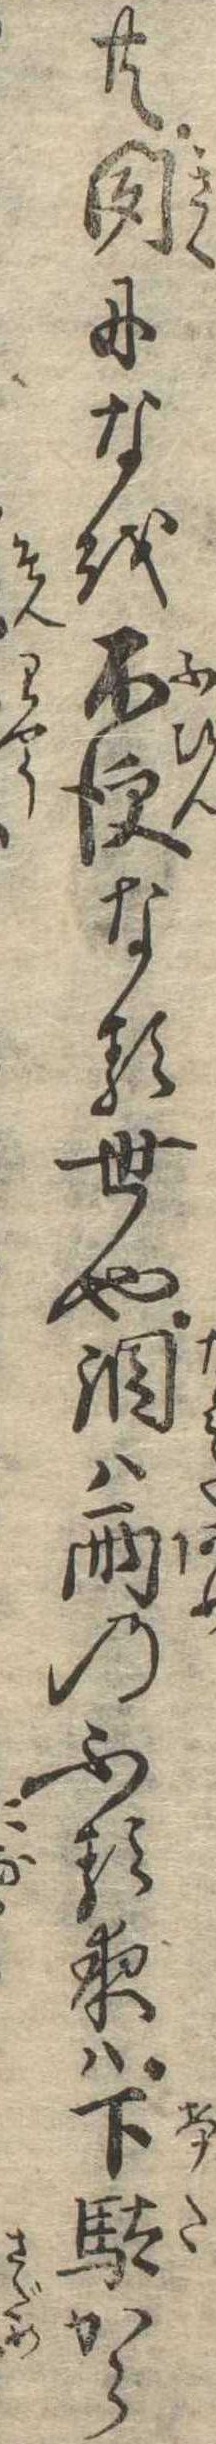
共聞になを不便なる世や涙は雨のふる夜は下駄から